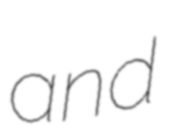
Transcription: and